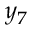
y _ { 7 }